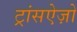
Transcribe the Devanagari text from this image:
ट्रांसऐज़ो